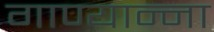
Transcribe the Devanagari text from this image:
गाण्यान्ना